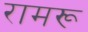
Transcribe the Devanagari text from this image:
रामरू